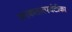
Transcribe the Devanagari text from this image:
चरकतात्पर्यटीका